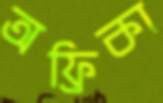
অফ্রিকা